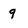
Character: q